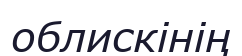
облискінің